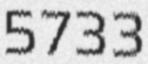
5733